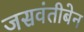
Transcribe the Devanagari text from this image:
जसवंतीबेन